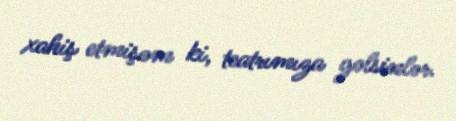
xahiş etmişəm ki, teatrımıza gəlsinlər.